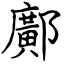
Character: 鄺